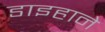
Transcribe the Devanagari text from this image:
डाइहाने